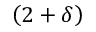
\left( 2 + \delta \right)